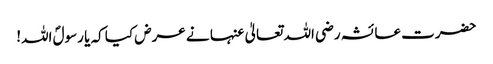
حضرت عائشہ رضی اللہ تعالیٰ عنہا نے عرض کیا کہ یا رسولؐ اللہ!